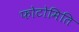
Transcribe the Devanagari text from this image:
फोटोमिति